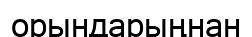
орындарыңнан